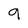
Character: 9